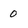
Character: 0